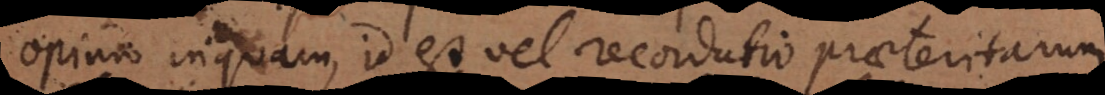
Opinio inquam, id est vel recordatio praeteritarum